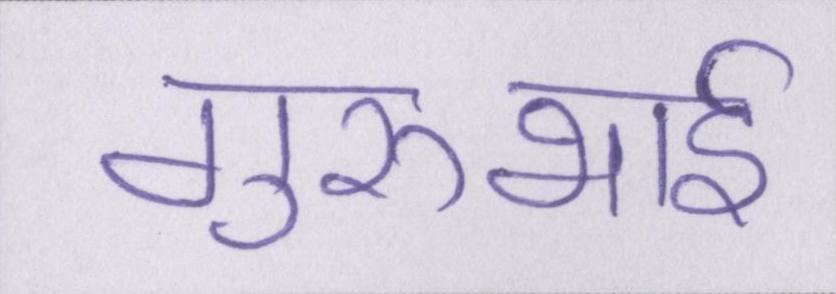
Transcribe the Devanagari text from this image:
गुरुभाई